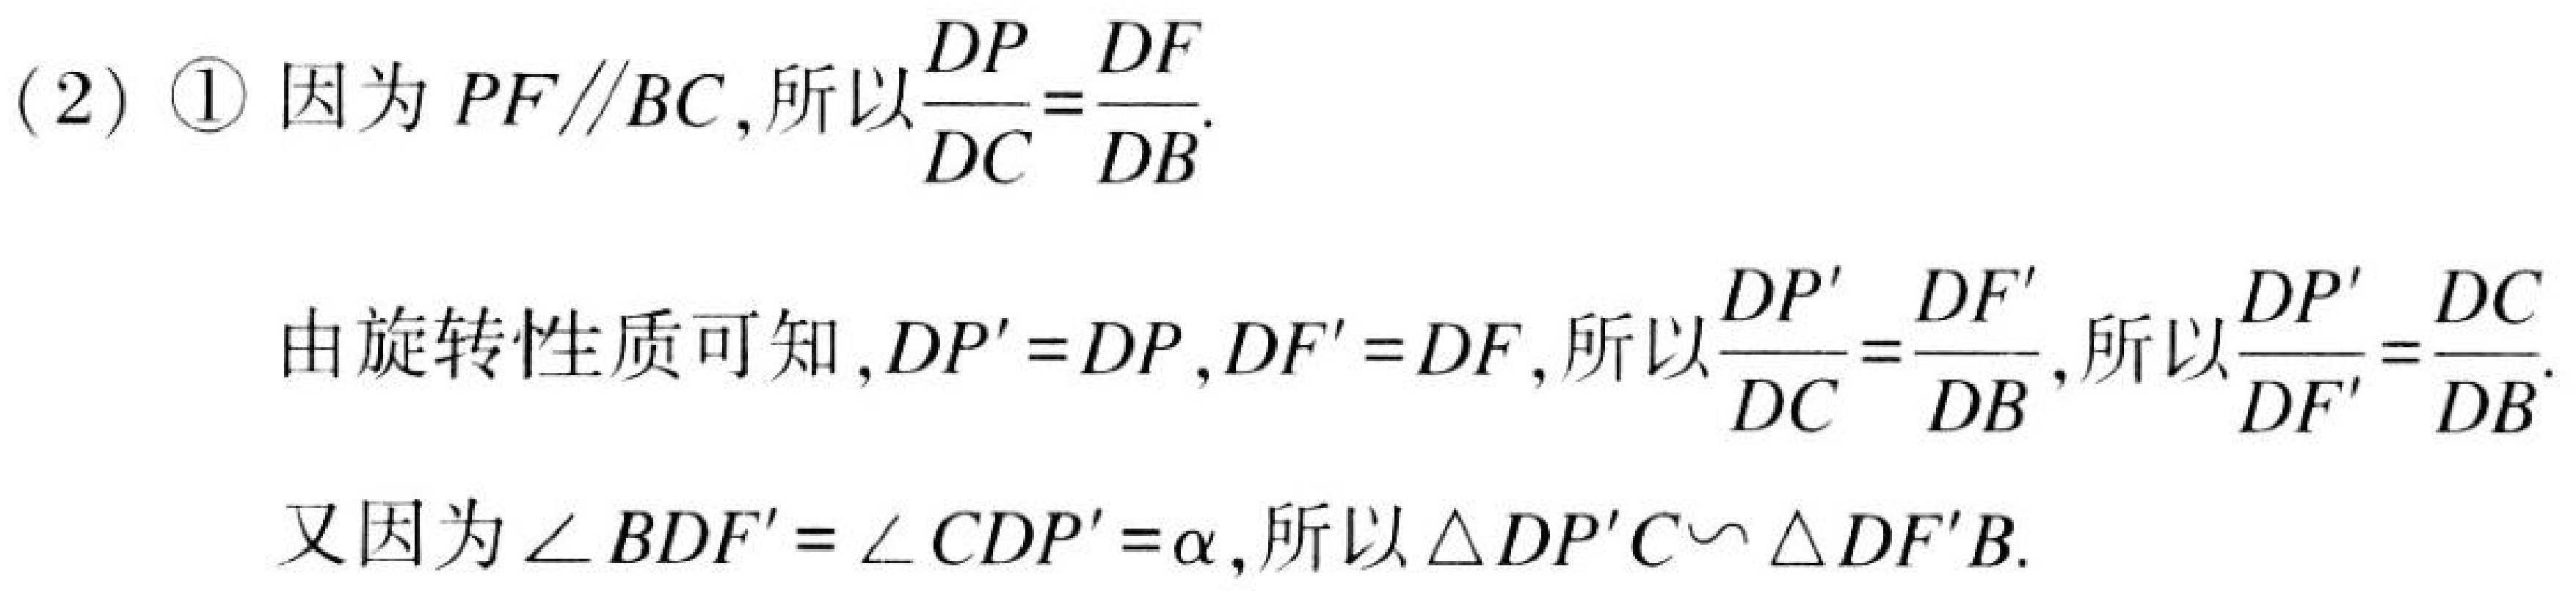
(2) \textcircled{1} 因为 \(PF\parallel BC\)，所以\(\frac{DP}{DC}=\frac{DF}{DB}\).
由旋转性质可知，\(DP' = DP\)，\(DF' = DF\)，所以\(\frac{DP'}{DC}=\frac{DF'}{DB}\)，所以\(\frac{DP'}{DF'}=\frac{DC}{DB}\).
又因为\(\angle BDF'=\angle CDP'=\alpha\)，所以\(\triangle DP'C\sim\triangle DF'B\).